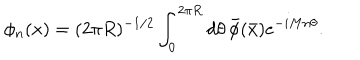
\phi _ { n } ( x ) = ( 2 \pi R ) ^ { - 1 / 2 } \int _ { 0 } ^ { 2 \pi R } d \theta \, \bar { \phi } ( \bar { x } ) e ^ { - i M n \theta } .